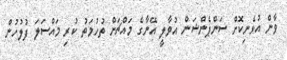
ވާން އުޅެނިކޮށް ސަންޕެންޝަން އުވާލީ އޭނާގެ މައްޗަށް ތުހުމަތު ކުރި މައްސަލަ ފުލުހުން